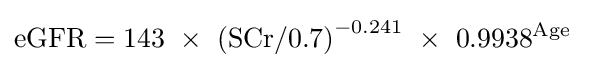
\mathrm {eGFR} =143\ \times \ \mathrm {(SCr/0.7)} ^{-0.241}\ \times \ 0.9938^{\text{Age}}\